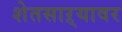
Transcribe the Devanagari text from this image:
शेतसाऱ्यावर